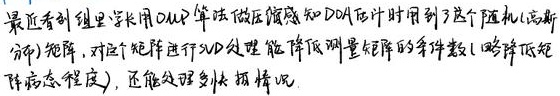
最近看到组里学长用OMP算法做压缩感知DOA估计时用到了这个随机(高斯分布)矩阵，对这个矩阵进行SVD处理能降低测量矩阵的条件数(略降低矩阵病态程度)，还能处理多快拍情况。